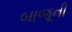
બાજૂની